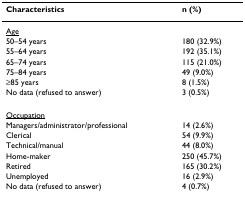
<table><thead><tr><td><b>Characteristics</b></td><td><b>n (%)</b></td></tr></thead><tbody><tr><td><underline>Age</underline></td><td></td></tr><tr><td>50–54 years</td><td>180 (32.9%)</td></tr><tr><td>55–64 years</td><td>192 (35.1%)</td></tr><tr><td>65–74 years</td><td>115 (21.0%)</td></tr><tr><td>75–84 years</td><td>49 (9.0%)</td></tr><tr><td>≥85 years</td><td>8 (1.5%)</td></tr><tr><td>No data (refused to answer)</td><td>3 (0.5%)</td></tr><tr><td><underline>Occupation</underline></td><td></td></tr><tr><td>Managers/administrator/professional</td><td>14 (2.6%)</td></tr><tr><td>Clerical</td><td>54 (9.9%)</td></tr><tr><td>Technical/manual</td><td>44 (8.0%)</td></tr><tr><td>Home-maker</td><td>250 (45.7%)</td></tr><tr><td>Retired</td><td>165 (30.2%)</td></tr><tr><td>Unemployed</td><td>16 (2.9%)</td></tr><tr><td>No data (refused to answer)</td><td>4 (0.7%)</td></tr></tbody></table>